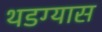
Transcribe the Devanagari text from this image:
थडग्यास